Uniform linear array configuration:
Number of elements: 4
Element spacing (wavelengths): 1
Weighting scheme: uniform
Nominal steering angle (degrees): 45
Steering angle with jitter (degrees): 45.444
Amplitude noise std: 0.05
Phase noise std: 0.05

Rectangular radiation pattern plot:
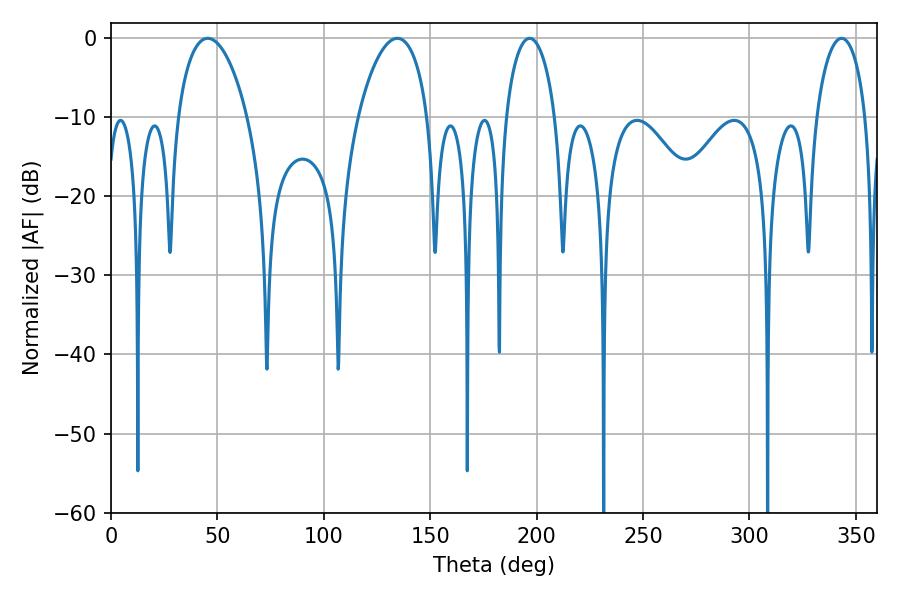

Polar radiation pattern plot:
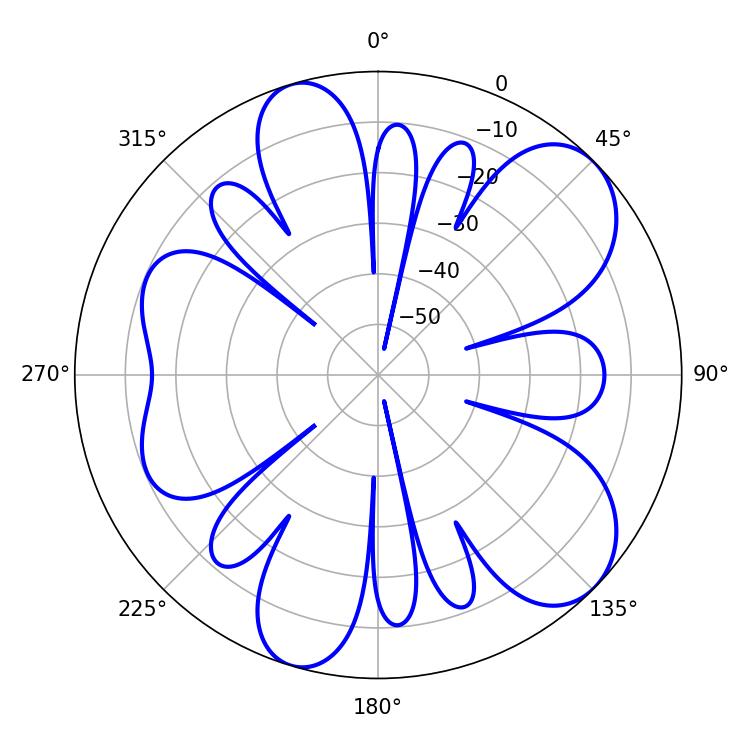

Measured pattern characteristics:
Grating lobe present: TRUE
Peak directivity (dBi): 8.481
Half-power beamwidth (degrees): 13.5
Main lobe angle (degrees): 196.74